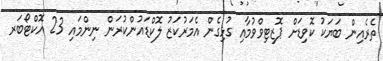
ތެރެއިން ބަޔަކު ކޮވިޑަށް ޕޮޒިޓިވްވުމާއި ގުޅިގެން އެމަރުކަޒު ލޮކްޑައުންކުރަން ނިންމައި 23 އޮކްޓޯބަރ